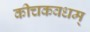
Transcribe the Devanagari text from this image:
कीचकवधम्